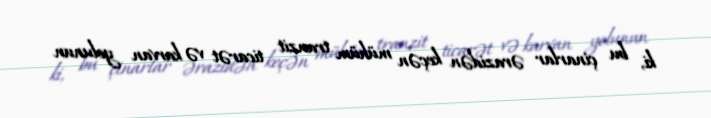
ki, bu çinarlar ərazidən keçən mühüm tranzit ticarət və karvan yolunun